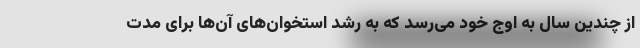
از چندین سال به اوج خود می‌رسد که به رشد استخوان‌های آن‌ها برای مدت